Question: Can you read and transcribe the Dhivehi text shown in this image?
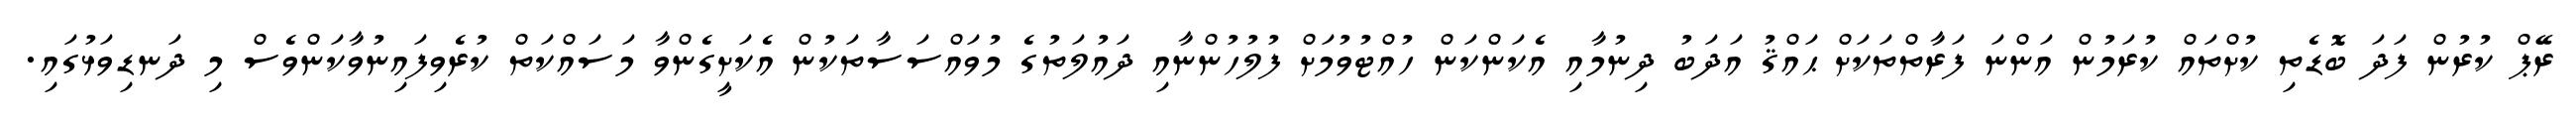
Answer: ރޭޕް ކުރުން ފަދަ ބޮޑެތި ކުށްތައް ކުރަމުން އަންނަ ފަރާތްތަކަށް ޙައްޤު އަދަބު ދިނުމާއި އެކަންކަން ހުއްޓުވުމަށް ފުލުހުންނާއި ދައުލަތުގެ މުވައްސަސާތަކުން އެކަށީގެންވާ މަސައްކަތް ކުރެވިފައިނުވާކަންވެސް މި ދަނޑިވަޅުގައި.